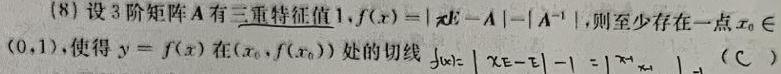
(8) 设 3 阶矩阵 $\boldsymbol{A}$ 有三重特征值 1,$f(x)=|\boldsymbol{x}\boldsymbol{E}-\boldsymbol{A}|-|\boldsymbol{A}^{-1}|$, 则至少存在一点 $x_{0}\in(0,1)$, 使得 $y = f(x)$ 在 $(x_{0},f(x_{0}))$ 处的切线